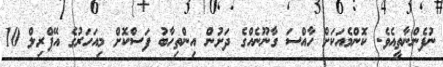
ނުފެންނާތީއެވެ. ކޮންމެއަކަށް ހާއްސަ ގާނޫނެއްގެ ދަށުން އިންތިހާބު ފަސްކޮށް މިއަހަރުގެ އޭޕްރިލް 10